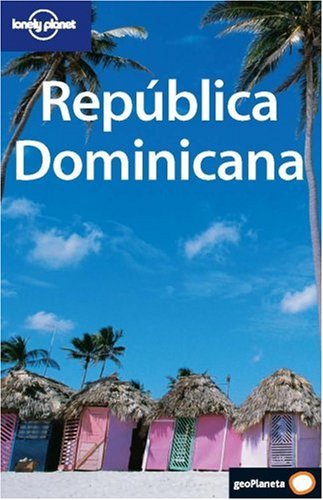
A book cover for Republica Dominicana (Country Guide) (Spanish Edition); Gary Chandler; Travel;